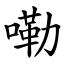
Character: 嘞